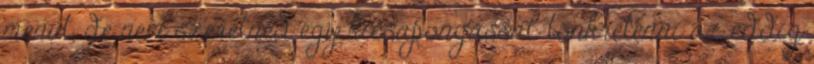
menüt, de nem szeretnéd egy kicsapongással tönkretenni az eddig